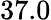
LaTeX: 37.0